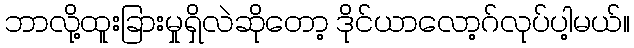
ဘာလို့ထူးခြားမှုရှိလဲဆိုတော့ ဒိုင်ယာလော့ဂ်လုပ်ပါ့မယ်။